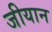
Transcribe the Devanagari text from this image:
जीयान